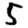
Digit: 5